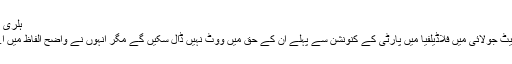
ہلری کلنٹن کو درکار مندوبین کی حمایت حاصل: رپورٹ
اگرچہ ہلری کلنٹن کی حمایت کرنے والے سپرڈیلیگیٹ جولائی میں فلاڈیلفیا میں پارٹی کے کنونشن سے پہلے ان کے حق میں ووٹ نہیں ڈال سکیں گے مگر انہوں نے واضح الفاظ میں اے پی کو بتایا ہے کہ وہ ہلری کو ہی ووٹ دیں گے۔